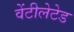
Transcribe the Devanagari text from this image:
वेंटीलेटेड